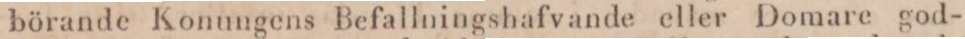
börande Konungens Befallningshafvande eller Domare god-